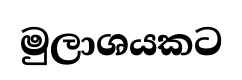
මුලාශයකට